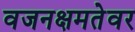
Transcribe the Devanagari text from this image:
वजनक्षमतेवर